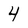
Character: 4